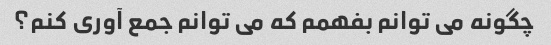
چگونه می توانم بفهمم که می توانم جمع آوری کنم؟